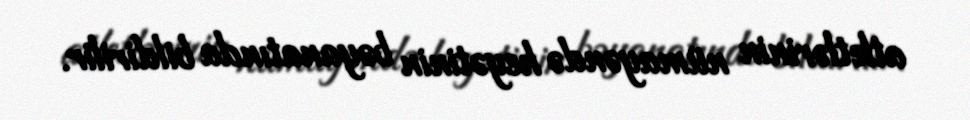
atletlərinin nümayəndə heyətinin bəyanatında bildirilir.